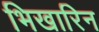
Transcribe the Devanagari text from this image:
भिखारिन